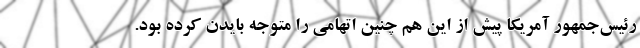
رئیس‌جمهور آمریکا پیش از این هم چنین اتهامی را متوجه بایدن کرده بود.